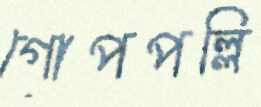
গোপপল্লি